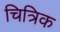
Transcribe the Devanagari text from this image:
चित्रिक